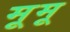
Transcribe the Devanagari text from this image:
मूमू